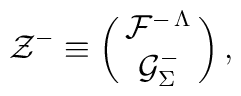
{\cal Z}^{-}\equiv \left(\matrix{{\cal F}^{-\,\Lambda}\cr{\cal G}^{-}_{\Sigma}}\right),